Scientific memoirs by medical officers of the Army of India - Part VI,
Year: 1891
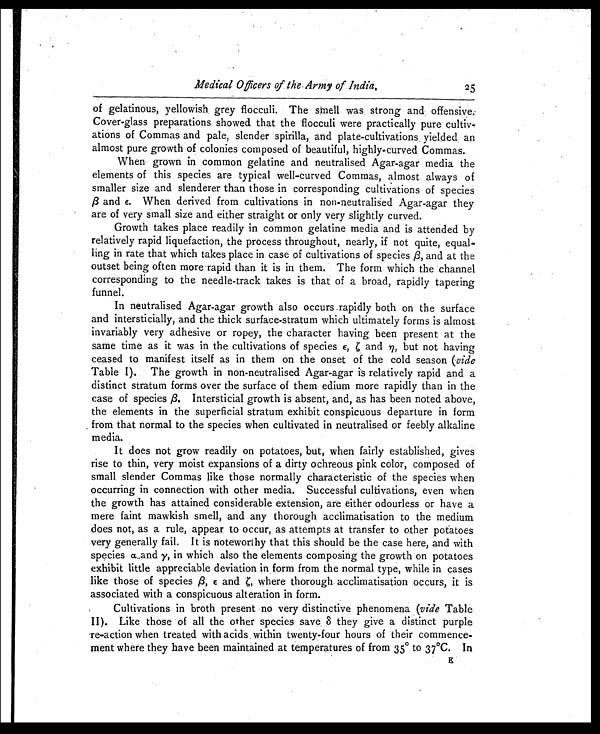
Medical Officers of the Army of India,
of gelatinous, yellowish grey flocculi. The smell was strong ands offensive.
Cover-glass preparations showed that the flocculi were practically pure cultiv-
ations of Commas and pale, slender spirilla, and plate-cultivations , yielded an
almost pure growth of colonies composed of beautiful, highly-curved Commas.
When grown in common gelatine and neutralised Agar-agar media the
elements of this species are typical well-curved Commas, almost always of
smaller size and slenderer than those in corresponding cultivations of species
β and ε. When derived from cultivations in non-neutralised Agar-agar they
are of very small size and either straight or only very slightly curved.
Growth takes place readily in common gelatine media and is attended by
relatively rapid liquefaction, the process throughout, nearly, if not quite, equal-
ling in rate that which takes place in case of cultivations of species β , and at the
outset being often more rapid than it is in them. The form which the channel
corresponding to the needle-track takes is that of a broad, rapidly tapering
funnel.
In neutralised Agar-agar growth also occurs .rapidly both on the surface
and intersticially, and the thick surface-stratum which ultimately forms is almost
invariably very adhesive or ropey, the character having been present at the
same time as it was in the cultivations of species ε
and n, but not having
ceased to manifest itself as in them on the onset of the cold season (vide
Table I). The growth in non-neutralised Agar-agar is relatively rapid and a
distinct stratum forms over the surface of them edium more rapidly than in the
case of species β. Intersticial growth is absent, and, as has been noted above,
the elements in the superficial stratum exhibit conspicuous departure in form
from that normal to the species when cultivated in neutralised or feebly alkaline
media.
It does not grow readily on potatoes, but, when fairly established, gives
rise to thin, very moist expansions of a dirty ochreous pink color, composed of
small slender Commas like those normally characteristic of the species when
occurring in connection with other media. Successful cultivations, even when
the growth has attained considerable extension, are either odourless or have a
mere faint mawkish smell, and any thorough acclimatisation to the medium
does not, as a rule, appear to occur, as attempts at transfer to other potatoes
very generally fail. It is noteworthy that this should be the case here, and with
species α. and γ, in which also the elements composing the growth on potatoes
exhibit little appreciable deviation in form from the normal type, while in cases
like those of species β,ε andζ , w h e r e t h o r o u g h a c c l i m a t i s a t i o n o c c u r s , i t i s
associated with a conspicuous alteration in form.
Cultivations in broth present no very distinctive phenomena (vide Table
II). Like those of all the other species save 8 they give a distinct purple
-re-action when treated with acids within twenty-four hours of their commence-
ment where they have been maintained at temperatures of from 35° to 37°C. In
25